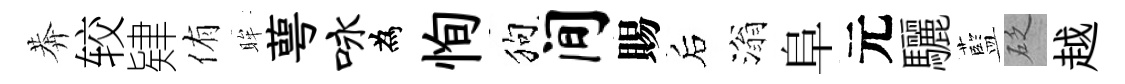
莾较肄侑眸萼咏為恂狗间賜后滃阜元驪藍砭越